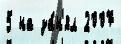
5 на за́н'ял 2007